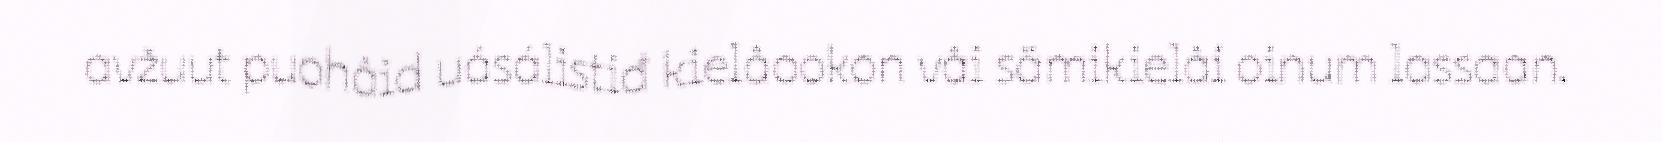
avžuut puohâid uásálistiđ kielâookon vâi sämikielâi oinum lassaan.